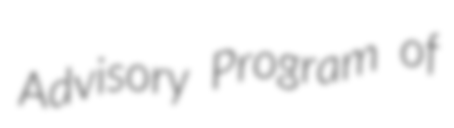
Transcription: Advisory Program of